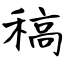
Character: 稿